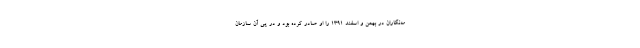
مه‌نگاران در بهمن و اسفند 1391 را او صادر کرده بود و در پی آن سازمان